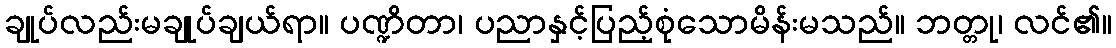
ချုပ်လည်းမချုပ်ချယ်ရာ။ ပဏ္ဍိတာ၊ ပညာနှင့်ပြည့်စုံသောမိန်းမသည်။ ဘတ္တု၊ လင်၏။